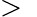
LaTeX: >\